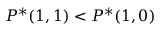
P ^ { * } ( 1 , 1 ) < P ^ { * } ( 1 , 0 )